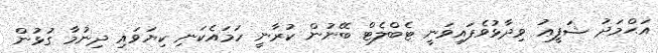
އަޙްމަދު ޝަފީޢު ވިދާޅުވެފައިވަނީ ޓެބްލެޓް ބޭނުން ކުރާނީ ހަމައެކަނި ކިޔަވައި ދިނުމާ ގުޅުން